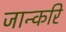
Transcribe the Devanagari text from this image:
जान्करि